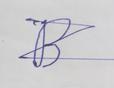
Signature authenticity: forged